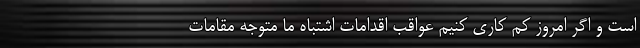
است و اگر امروز کم کاری کنیم عواقب اقدامات اشتباه ما متوجه مقامات